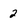
Character: 2